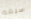
سيفه